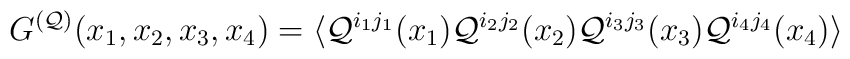
G^{({\cal Q})}(x_{1}, x_{2}, x_{3}, x_{4}) = 	\langle {\cal Q}^{i_{1}j_{1}}(x_1)  {\cal Q}^{i_{2}j_{2}}(x_2)  	{\cal Q}^{i_{3}j_{3}}(x_3) {\cal Q}^{i_{4}j_{4}}(x_4)\rangle \;